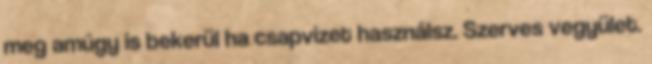
meg amúgy is bekerül ha csapvizet használsz. Szerves vegyület.